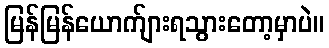
မြန်မြန်ယောက်ျားရသွားတော့မှာပဲ။